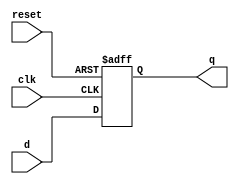
// D flip flop
module D_FF(d, q, clk, reset);
input d, clk, reset;
output q;
reg q;

	always @(posedge reset or negedge clk) begin
		if (reset) begin
			q = 1'b0; // reset
		end
			
		else
			q = d;
	end

endmodule